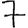
Digit: 7